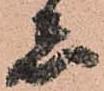
者